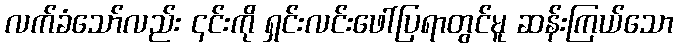
လက်ခံသော်လည်း ၎င်းကို ရှင်းလင်းဖေါ်ပြရာတွင်မူ ဆန်းကြယ်သော